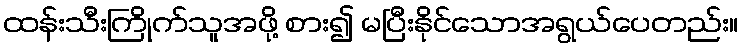
ထန်းသီးကြိုက်သူအဖို့ စား၍ မပြီးနိုင်သောအရွယ်ပေတည်း။